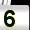
Digit: 5